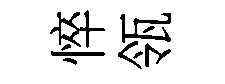
悴瓴